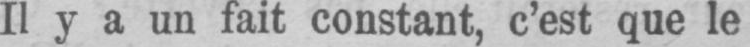
Il y a un fait constant, c’est que le